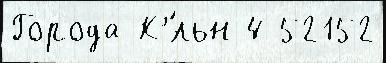
Города К'́льн 4 52152